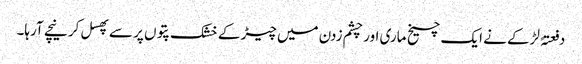
دفعتہً لڑکے نے ایک چیخ ماری اور چشم زدن میں چیڑ کے خشک پتوں پر سے پھسل کر نیچے آرہا۔